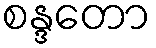
စန္ဒတော